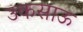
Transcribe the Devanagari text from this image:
उकसाऊ